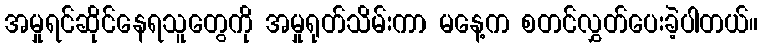
အမှုရင်ဆိုင်နေရသူတွေကို အမှုရုတ်သိမ်းကာ မနေ့က စတင်လွှတ်ပေးခဲ့ပါတယ်။